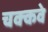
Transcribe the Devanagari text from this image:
चक्‍कवे